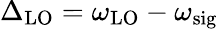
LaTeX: \Delta_{\mathrm{LO}}=\omega_{\mathrm{LO}}-\omega_{\mathrm{sig}}